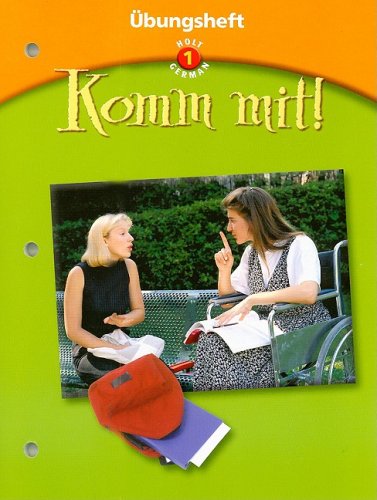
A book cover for Komm mit!: ?bungsheft Level 1; RINEHART AND WINSTON HOLT; Teen & Young Adult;